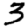
Digit: 3